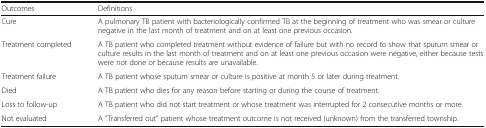
<table><thead><tr><td><b>Outcomes</b></td><td><b>Definitions</b></td></tr></thead><tbody><tr><td>Cure</td><td>A pulmonary TB patient with bacteriologically confirmed TB at the beginning of treatment who was smear or culture negative in the last month of treatment and on at least one previous occasion.</td></tr><tr><td>Treatment completed</td><td>A TB patient who completed treatment without evidence of failure but with no record to show that sputum smear or culture results in the last month of treatment and on at least one previous occasion were negative, either because tests were not done or because results are unavailable.</td></tr><tr><td>Treatment failure</td><td>A TB patient whose sputum smear or culture is positive at month 5 or later during treatment.</td></tr><tr><td>Died</td><td>A TB patient who dies for any reason before starting or during the course of treatment.</td></tr><tr><td>Loss to follow-up</td><td>A TB patient who did not start treatment or whose treatment was interrupted for 2 consecutive months or more.</td></tr><tr><td>Not evaluated</td><td>A “Transferred out” patient whose treatment outcome is not received (unknown) from the transferred township.</td></tr></tbody></table>